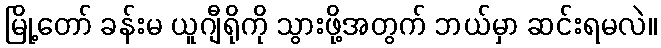
မြို့တော် ခန်းမ ယူဂျီရိုကို သွားဖို့အတွက် ဘယ်မှာ ဆင်းရမလဲ။